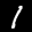
Label: 1